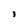
Character: j